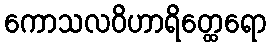
ကောသလဝိဟာရိတ္ထေရော